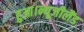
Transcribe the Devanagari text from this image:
हुआ।न्यूजीलैंड